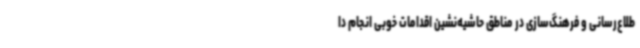
طلاع‌رسانی و فرهنگ‌سازی در مناطق حاشیه‌نشین اقدامات خوبی انجام دا